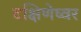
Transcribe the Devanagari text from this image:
दक्षिणेष्वर